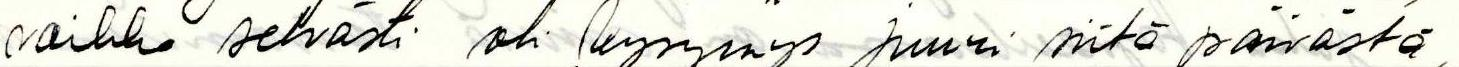
vaikka selvästi oli kysymys juuri siitä päivästä,